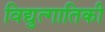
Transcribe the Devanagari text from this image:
विद्युत्गातिकी